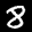
Label: 8